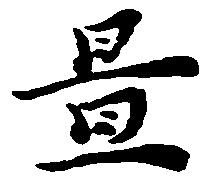
置